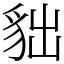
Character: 貀